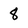
Character: 8